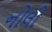
નોલી